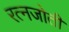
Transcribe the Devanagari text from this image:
रत्नजोती